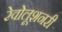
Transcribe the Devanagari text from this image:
रेवोलूशनरी